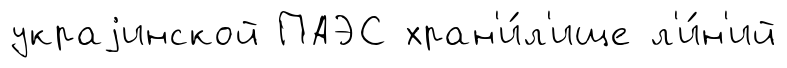
украjинской ПАЭС хран'и́л'ище л'и́н'ий